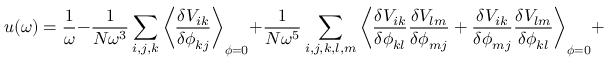
u ( \omega ) = \frac { 1 } { \omega } - \frac { 1 } { N \omega ^ { 3 } } \sum _ { i , j , k } \left\langle \frac { \delta V _ { i k } } { \delta \phi _ { k j } } \right\rangle _ { \boldsymbol { \phi } = 0 } + \frac { 1 } { N \omega ^ { 5 } } \sum _ { i , j , k , l , m } \left\langle \frac { \delta V _ { i k } } { \delta \phi _ { k l } } \frac { \delta V _ { l m } } { \delta \phi _ { m j } } + \frac { \delta V _ { i k } } { \delta \phi _ { m j } } \frac { \delta V _ { l m } } { \delta \phi _ { k l } } \right\rangle _ { \boldsymbol { \phi } = 0 } + \cdots